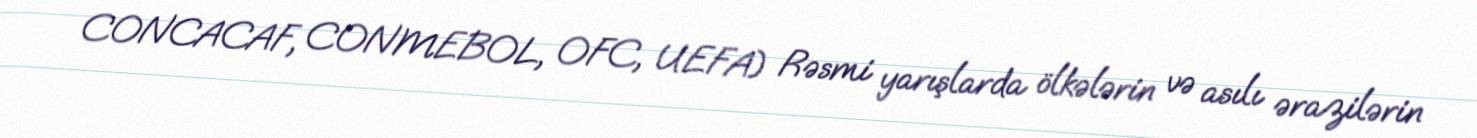
CONCACAF, CONMEBOL, OFC, UEFA) Rəsmi yarışlarda ölkələrin və asılı ərazilərin